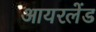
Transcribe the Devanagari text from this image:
आयरलेंड